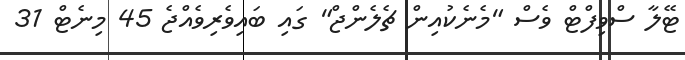
ޓޭލާ ސްވިފްޓް ވެސް "މެނެކުއިން ޗެލެންޖް" ގައި ބައިވެރިވެއްޖެ 45 މިނެޓް 31